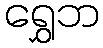
ရွှေဘ